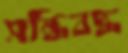
সন্ধিবদ্ধ